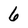
Character: 6